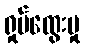
ရှုပ်ထွေးမှု